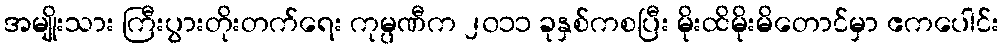
အမျိုးသား ကြီးပွားတိုးတက်ရေး ကုမ္ပဏီက ၂၀၁၁ ခုနှစ်ကစပြီး မိုးထိမိုးမိတောင်မှာ ဧကပေါင်း